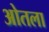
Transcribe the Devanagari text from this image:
ओतला